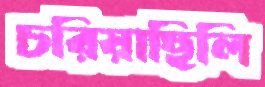
চরিয়াছিলি